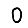
Digit: 0